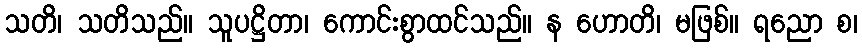
သတိ၊ သတိသည်။ သူပဋ္ဌိတာ၊ ကောင်းစွာထင်သည်။ န ဟောတိ၊ မဖြစ်။ ရညော စ၊